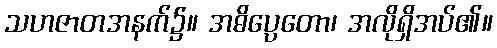
သဟဇာတအနက်၌။ အဓိပ္ပေတော၊ အလိုရှိအပ်၏။